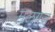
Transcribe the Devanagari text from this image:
मलगज